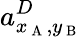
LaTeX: a_{x_{\mathrm{~A~}},y_{\mathrm{~B~}}}^{D}